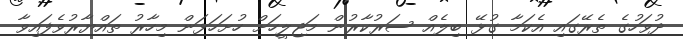
ދުވަހުގެ ތެރޭގައި އެކަމާ ގުޅޭ ބިލެއް ސަރުކާރުން މަޖިލީހަށް ހުށަހަޅަން މިހާރު ތައްޔާރުވެފައިވާ